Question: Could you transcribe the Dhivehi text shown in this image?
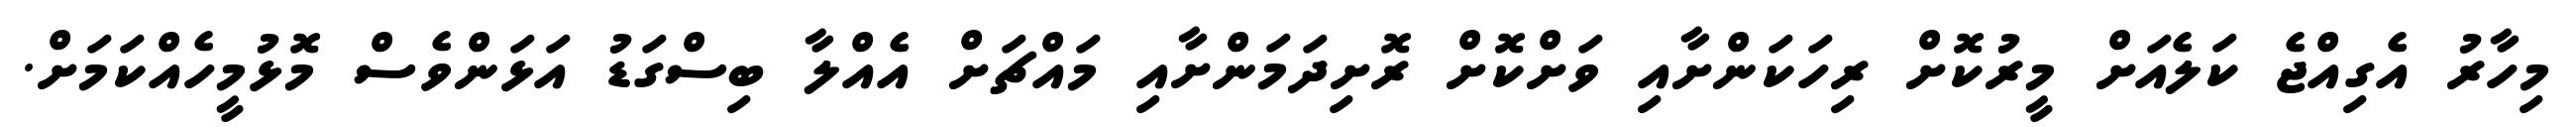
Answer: މިހާރު އެގިއްޖެ ކަލެއަށް މީރުކޮށް ރިހަކަންށާއި ވަށްކޮށް ރޮށިދަމަންށާއި މައްޗަށް އެއްލާ ބިސްގަޑު އަޅަންވެސް މޮޅުމީހެއްކަމަށް.